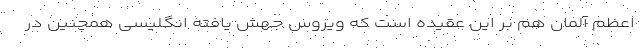
اعظم آلمان هم بر این عقیده است که ویروس جهش یافته انگلیسی همچنین در